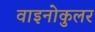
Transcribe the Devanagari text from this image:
वाइनोकुलर